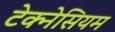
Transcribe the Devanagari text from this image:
टेक्नेसियम